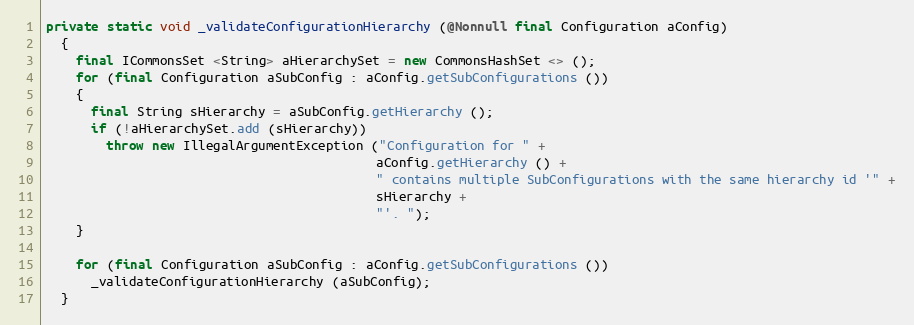
Language: Java
private static void _validateConfigurationHierarchy (@Nonnull final Configuration aConfig)
  {
    final ICommonsSet <String> aHierarchySet = new CommonsHashSet <> ();
    for (final Configuration aSubConfig : aConfig.getSubConfigurations ())
    {
      final String sHierarchy = aSubConfig.getHierarchy ();
      if (!aHierarchySet.add (sHierarchy))
        throw new IllegalArgumentException ("Configuration for " +
                                            aConfig.getHierarchy () +
                                            " contains multiple SubConfigurations with the same hierarchy id '" +
                                            sHierarchy +
                                            "'. ");
    }

    for (final Configuration aSubConfig : aConfig.getSubConfigurations ())
      _validateConfigurationHierarchy (aSubConfig);
  }